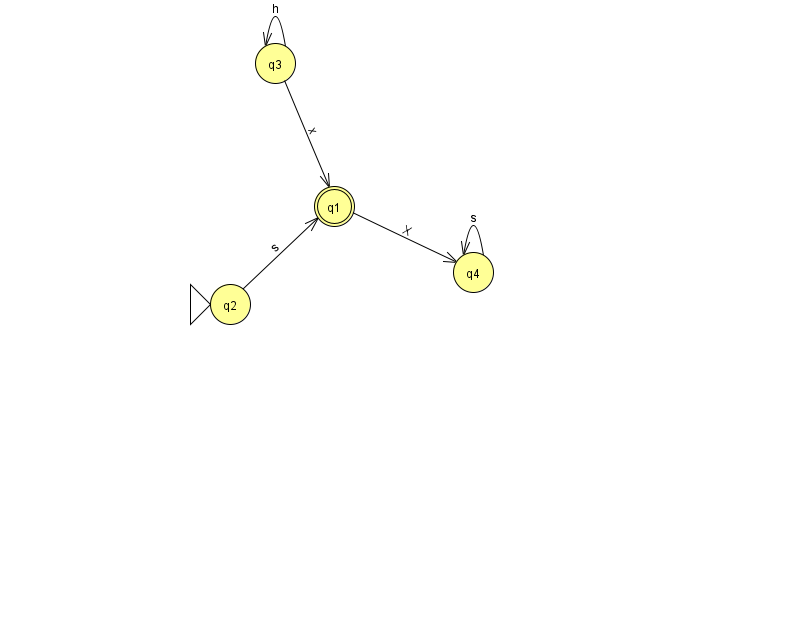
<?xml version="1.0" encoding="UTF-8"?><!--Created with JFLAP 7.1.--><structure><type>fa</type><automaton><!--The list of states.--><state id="1" name="q1"><x>334.0</x><y>193.0</y><final/></state><state id="2" name="q2"><x>230.0</x><y>291.0</y><initial/></state><state id="3" name="q3"><x>275.0</x><y>50.0</y></state><state id="4" name="q4"><x>473.0</x><y>259.0</y></state><!--The list of transitions.--><transition><from>1</from><to>4</to><read>X</read></transition><transition><from>4</from><to>4</to><read>s</read></transition><transition><from>3</from><to>3</to><read>h</read></transition><transition><from>3</from><to>1</to><read>x</read></transition><transition><from>2</from><to>1</to><read>s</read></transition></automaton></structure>